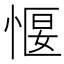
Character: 愝